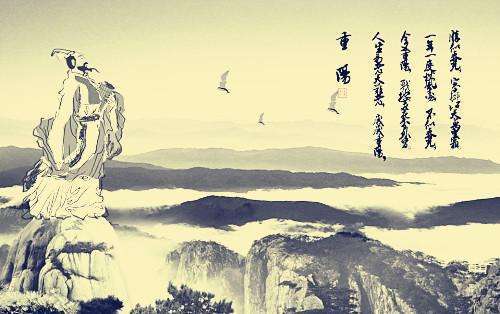
九月九日眺山川，归心归望积风烟。